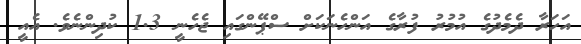
އަހަރާ ދެމެދުގެ އުމުރު ފުރާގެ އަންހެނަކަށް ސްޕޭންގައި ޖެހެނީ 1.3 ކުދިންނެވެ. އެއީ